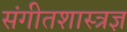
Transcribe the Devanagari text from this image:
संगीतशास्त्रज्ञ